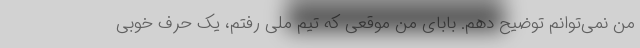
من نمی‌توانم توضیح دهم. بابای من موقعی که تیم ملی رفتم، یک حرف خوبی